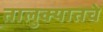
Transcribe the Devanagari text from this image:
तालुक्यातचे